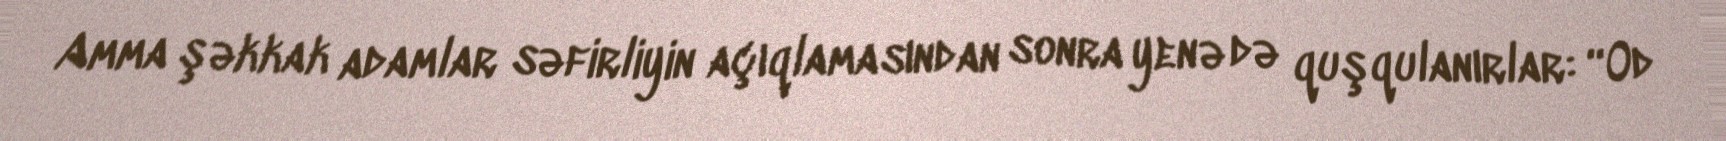
Amma şəkkak adamlar səfirliyin açıqlamasından sonra yenə də quşqulanırlar: “Od